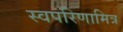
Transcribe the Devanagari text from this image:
स्वपरिणामित्र